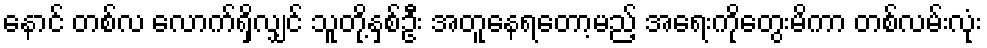
နောင် တစ်လ လောက်ရှိလျှင် သူတို့နှစ်ဦး အတူနေရတော့မည့် အရေးကိုတွေးမိကာ တစ်လမ်းလုံး